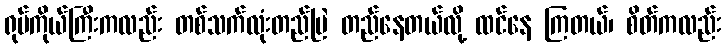
ရုပ်ကိုယ်ကြီးကလည်း တစ်သက်လုံးတည်မြဲ တည်နေတယ်လို့ ထင်နေ ကြတယ်၊ စိတ်ကလည်း